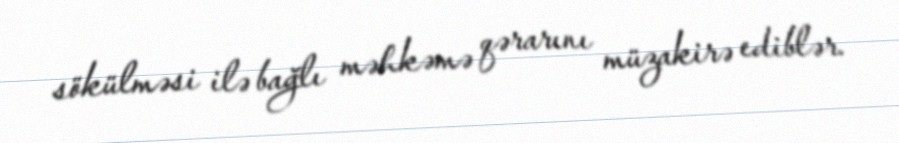
sökülməsi ilə bağlı məhkəmə qərarını müzakirə ediblər.